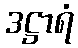
ဒဋ္ဌာရံ